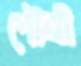
পৌত্রী